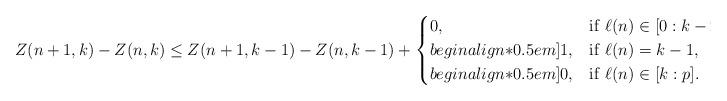
LaTeX: \begin{align*}Z(n+1,k)-Z(n,k)\leq Z(n+1,k-1)-Z(n,k-1)+\begin{cases}0, & \mathrm{if} \ \ell(n)\in[0:k-2],\\begin{align*}0.5em]1, & \mathrm{if} \ \ell(n)=k-1,\\begin{align*}0.5em]0, & \mathrm{if} \ \ell(n)\in[k:p].\end{cases}\end{align*}